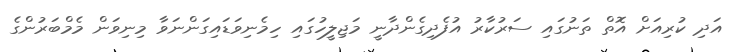
އަދި ކުރިއަށް އޮތް ތަނުގައި ސަރުކާރު އުފެދިގެންދާނީ މަޖިލީހުގައި ހިމެނިވަޑައިގަންނަވާ މިނިވަން މެމްބަރުންގެ